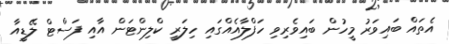
އެތައް ބައިވަރު މީހުން ބައިވެރިވި ހަފްލާއެއްގައި ހިލަރީ ކްލިންޓަން އާއި ފަސްޓް ލޭޑީއާ